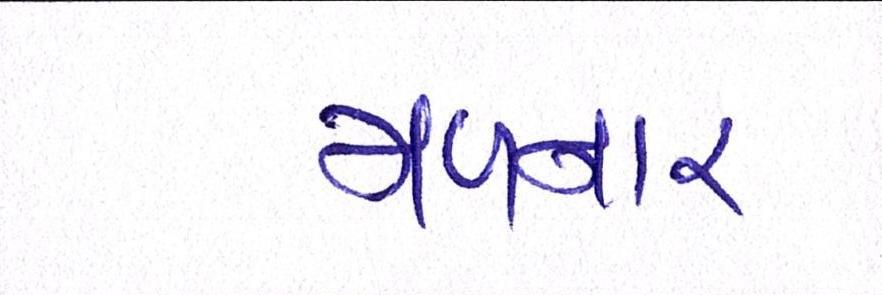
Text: મળનાર